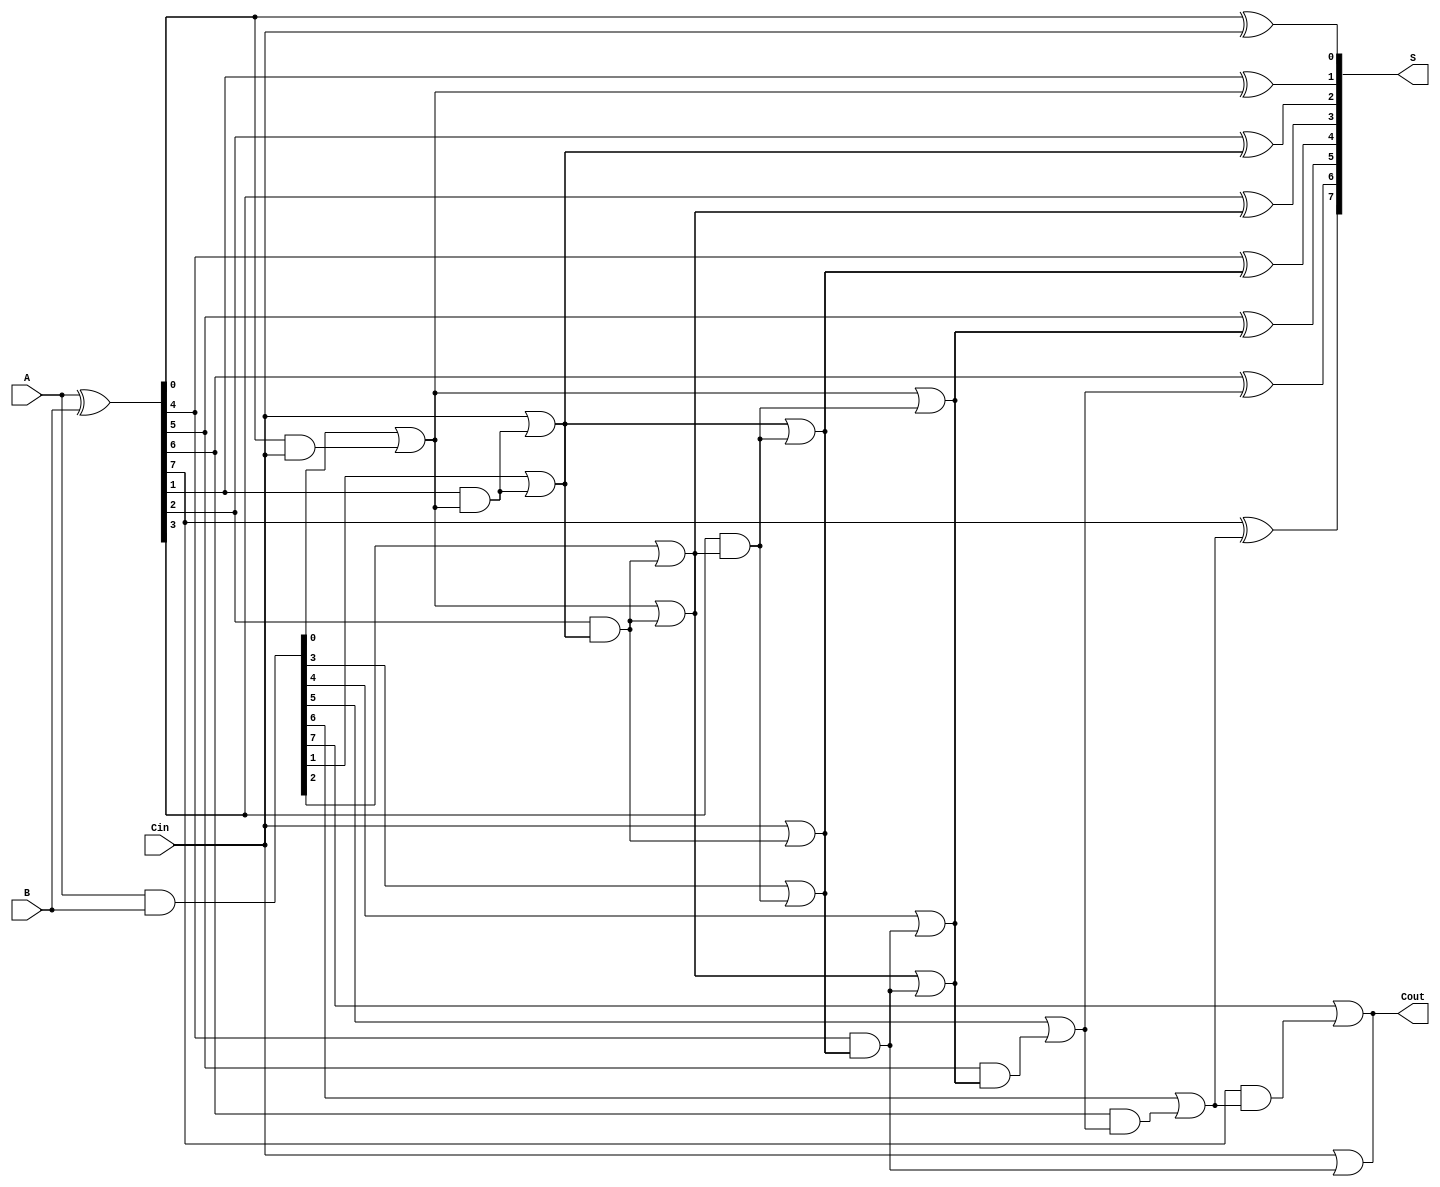
module brent_kung_adder #(parameter n = 8) (
    input [n-1:0] A,    // First input A
    input [n-1:0] B,    // Second input B
    input Cin,          // Carry-in
    output [n-1:0] S,   // Sum output
    output Cout         // Carry-out
);

    // Generate and propagate signals
    wire [n-1:0] G; // Generate signals
    wire [n-1:0] P; // Propagate signals
    wire [n:0] C;   // Carry signals (C[0] is Cin)
    
    assign G = A & B;         // Generate
    assign P = A ^ B;         // Propagate
    assign C[0] = Cin;        // Carry-in

    // Brent-Kung Carry Generation
    genvar i, j, k;
    generate
        // Stage 1
        for (i = 0; i < n; i = i + 1) begin : stage1
            if (i == 0) begin
                assign C[i+1] = G[i] | (P[i] & C[i]);
            end else begin
                assign C[i+1] = G[i] | (P[i] & C[i]);
            end
        end

        // Stage 2 and higher stages
        for (k = 1; k < $clog2(n) + 1; k = k + 1) begin : stages
            for (j = 0; j < (n >> k); j = j + 1) begin : stage
                assign C[(1 << k) + j] = C[j] | (P[(1 << (k-1)) + j] & C[j + (1 << (k-1))]);
            end
        end
    endgenerate

    // Sum calculation
    generate
        for (i = 0; i < n; i = i + 1) begin : sum
            assign S[i] = P[i] ^ C[i];
        end
    endgenerate

    // Final Carry-Out
    assign Cout = C[n];

endmodule